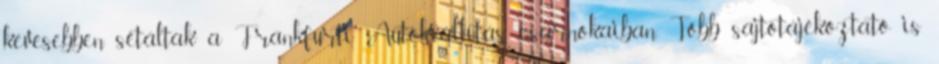
kevesebben sétáltak a Frankfurti Autókiállítás csarnokaiban. Több sajtótájékoztató is